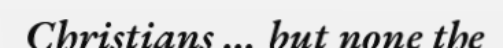
Christians ... but none the